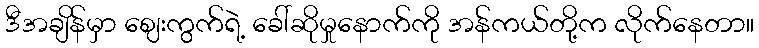
ဒီအချိန်မှာ ဈေးကွက်ရဲ့ ခေါ်ဆိုမှုနောက်ကို အန်ကယ်တို့က လိုက်နေတာ။